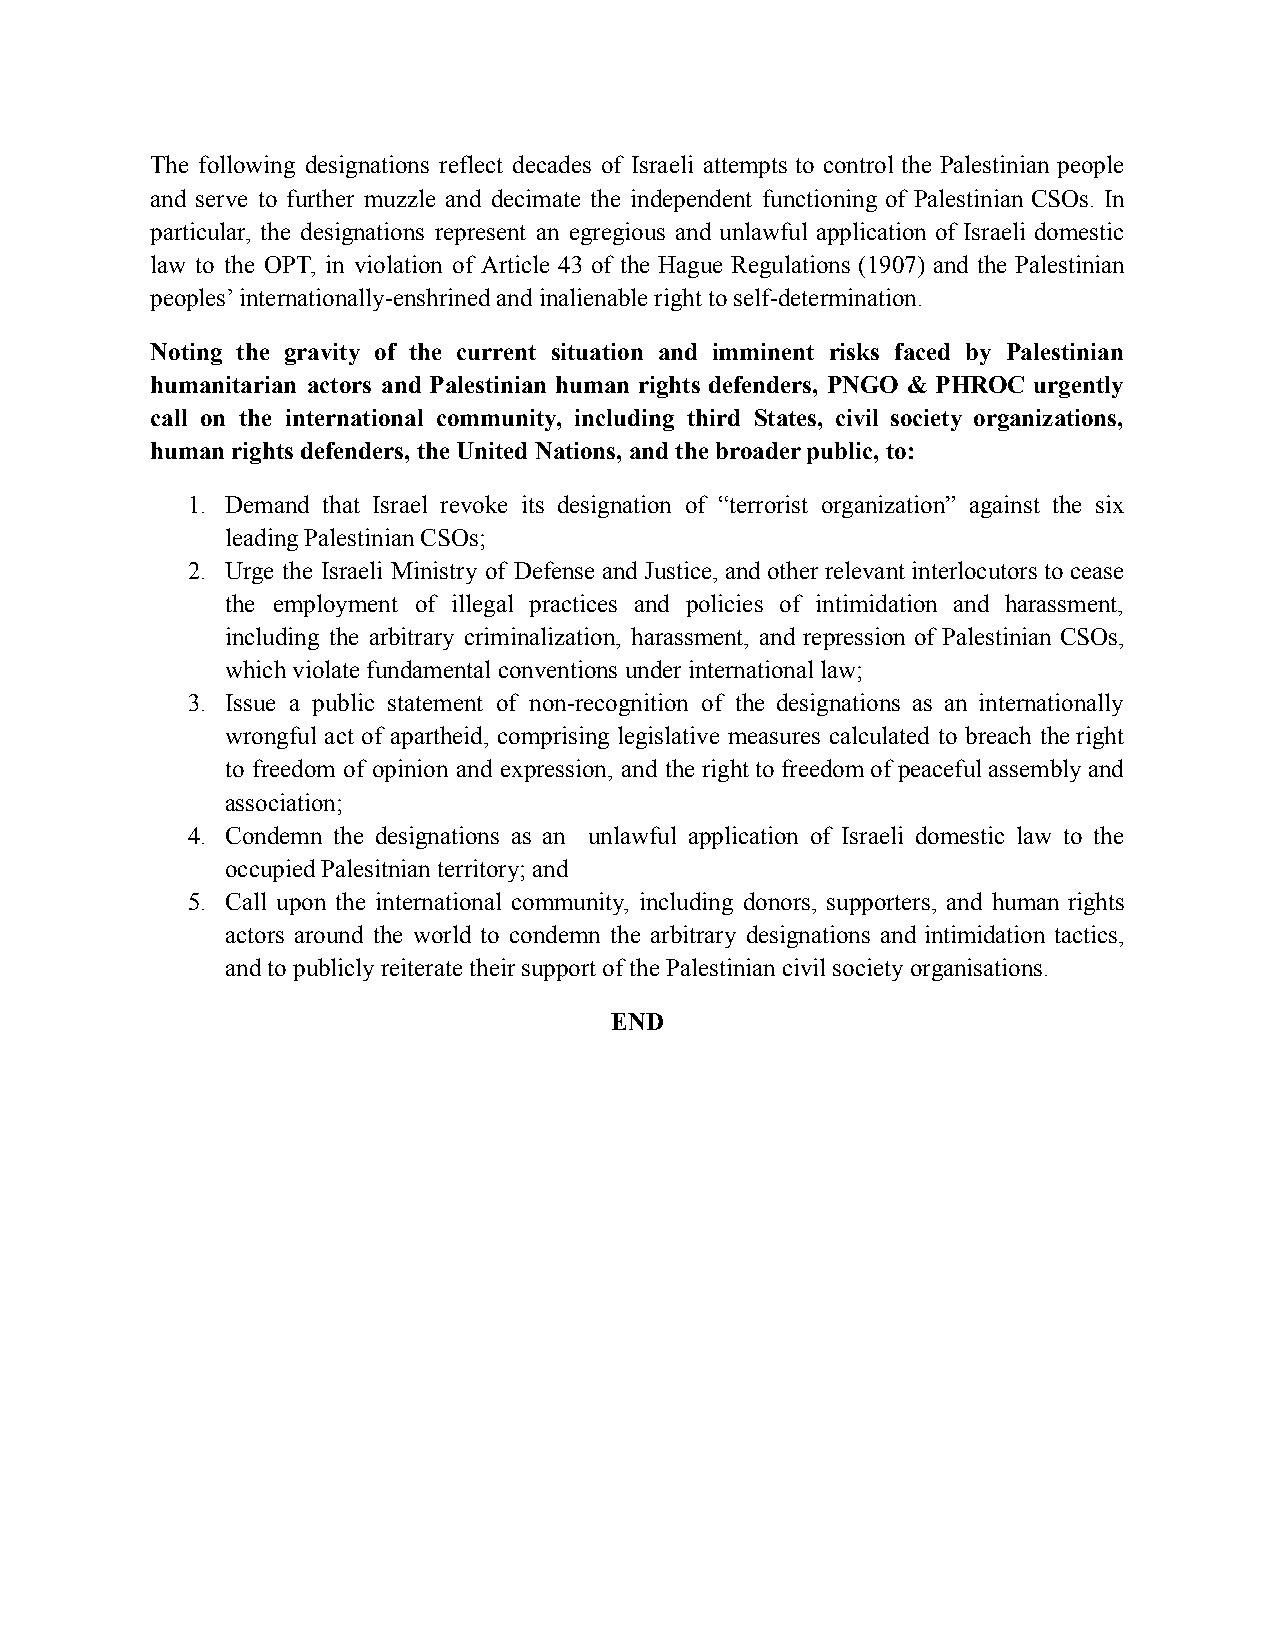
The following designations reflect decades of Israeli attempts to control the Palestinian people
 and serve to further muzzle and decimate the independent functioning of Palestinian CSOs. In
 particular, the designations represent an egregious and unlawful application of Israeli domestic
 law to the OPT, in violation of Article 43 of the Hague Regulations (1907) and the Palestinian
 peoples’ internationally-enshrined and inalienable right to self-determination.
 Noting the gravity of the current situation and imminent risks faced by Palestinian
 humanitarian actors and Palestinian human rights defenders, PNGO & PHROC urgently
 call on the international community, including third States, civil society organizations,
 human rights defenders, the United Nations, and the broader public, to:
 1. Demand that Israel revoke its designation of “terrorist organization” against the six
 leading Palestinian CSOs;
 2. Urge the Israeli Ministry of Defense andJustice,and otherrelevantinterlocutors tocease
 the employment of illegal practices and policies of intimidation and harassment,
 including the arbitrary criminalization, harassment, and repression of Palestinian CSOs,
 which violate fundamental conventions under international law;
 3. Issue a public statement of non-recognition of the designations as an internationally
 wrongful act of apartheid, comprising legislative measures calculated to breach theright
 to freedom of opinion and expression, and the right tofreedom ofpeaceful assembly and
 association;
 4. Condemn the designations as an unlawful application of Israeli domestic law to the
 occupied Palesitnian territory; and
 5. Call upon the international community, including donors, supporters, and human rights
 actors around the world to condemn the arbitrary designations and intimidation tactics,
 and to publicly reiterate their support of the Palestinian civil society organisations.
 END